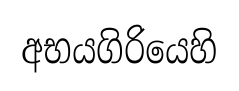
අභයගිරියෙහි